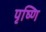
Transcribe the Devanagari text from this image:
पृष्णि